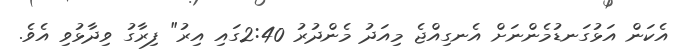
އެކަން އަޅުގަނޑުމެންނަށް އެނގިއްޖެ މިއަދު މެންދުރު 2:40ގައި އިރު" ފިރާގު ވިދާޅުވި އެވެ.